Annual report on the health of the army in India
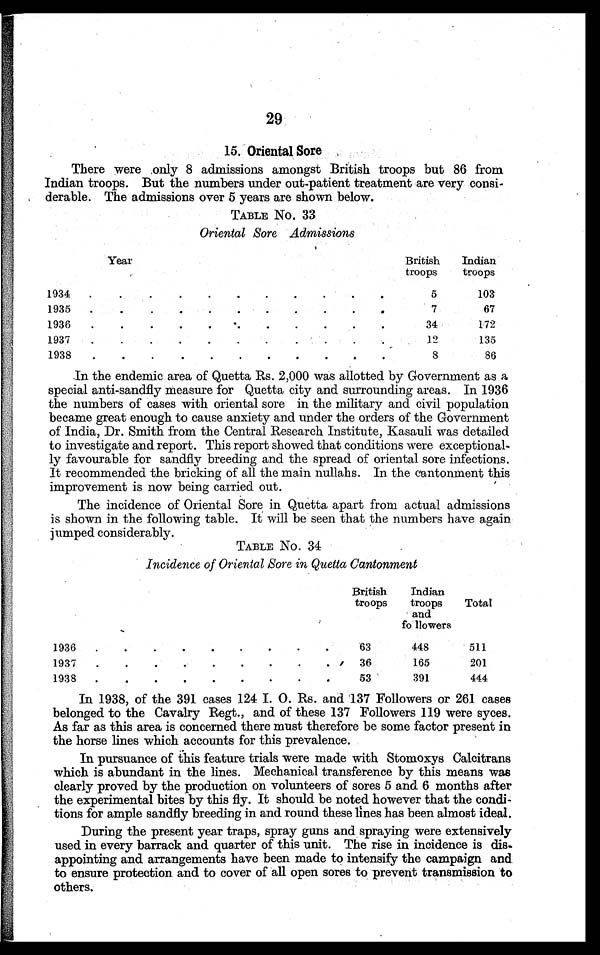
29
15. Oriental Sore
There were only 8 admissions amongst British troops but 86 from
Indian troops. But the numbers under out-patient treatment are very consi-
derable. The admissions over 5 years are shown below.
TABLE No. 33
Oriental Sore Admissions
Year
British
troops
Indian
troops
1934
5
103
1935
67
1936
34
172
1937
12
135
1938
8
86
In the endemic area of Quetta Rs. 2,000 was allotted by Government as a
special anti-sandfly measure for Quetta city and surrounding areas. In 1936
the numbers of cases with oriental sore in the military and civil population
became great enough to cause anxiety and under the orders of the Government
of India, Dr. Smith from the Central Research Institute, Kasauli was detailed
to investigate and report. This report showed that conditions were exceptional-
ly favourable for sandfly breeding and the spread of oriental sore infections.
It recommended the bricking of all the main nullahs. In the cantonment this
improvement is now being carried out.
The incidence of Oriental Sore in Quetta apart from actual admissions
is shown in the following table. It will be seen that the numbers have again
jumped considerably.
TABLE No. 34
Incidence of Oriental Sore in Quetta Cantonment
British
troops
Indian
troops
and
followers
Total
1936
63
448
511
1937
36
165
201
1938
53
391
444
In 1938, of the 391 cases 124 I. 0. Rs. and 137 Followers or 261 cases
belonged to the Cavalry Regt., and of these 137 Followers 119 were syces.
As far as this area is concerned there must therefore be some factor present in
the horse lines which accounts for this prevalence.
In pursuance of this feature trials were made with Stomoxys Calcitrans
which is abundant in the lines. Mechanical transference by this means was
clearly proved by the production on volunteers of sores 5 and 6 months after
the experimental bites by this fly. It should be noted however that the condi-
tions for ample sandfly breeding in and round these lines has been almost ideal.
During the present year traps, spray guns and spraying were extensively
used in every barrack and quarter of this unit. The rise in incidence is dis-
appointing and arrangements have been made to intensify the campaign and.
to ensure protection and to cover of all open sores to prevent transmission to
others.